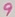
Text: 9